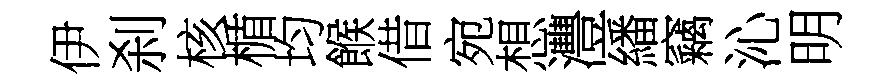
伊刹核楯均餱借宛想灃繙竊沁明